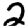
Digit: 2